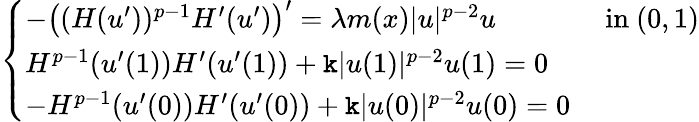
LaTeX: \left\{ \begin{array}{ll}{-\left((H(u^{\prime}))^{p-1}H^{\prime}(u^{\prime})\right)^{\prime}=\lambda m(x)|u|^{p-2}u}&{\mathrm{~in~}(0,1)}\\ {H^{p-1}(u^{\prime}(1))H^{\prime}(u^{\prime}(1))+\mathtt k|u(1)|^{p-2}u(1)=0}&\\ {-H^{p-1}(u^{\prime}(0))H^{\prime}(u^{\prime}(0))+\mathtt k|u(0)|^{p-2}u(0)=0}&\end{array}\right.